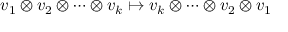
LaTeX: v _ { 1 } \otimes v _ { 2 } \otimes \cdots \otimes v _ { k } \mapsto v _ { k } \otimes \cdots \otimes v _ { 2 } \otimes v _ { 1 }